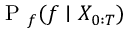
\mathrm { ~ P ~ } _ { f } ( f \mid X _ { 0 : T } )